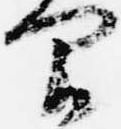
間